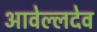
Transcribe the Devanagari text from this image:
आवेल्लदेव